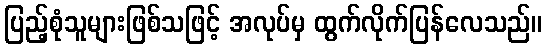
ပြည့်စုံသူများဖြစ်သဖြင့် အလုပ်မှ ထွက်လိုက်ပြန်လေသည်။